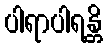
ပါရာပါရန္တိ